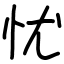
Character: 忧